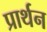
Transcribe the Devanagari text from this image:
प्रार्थन